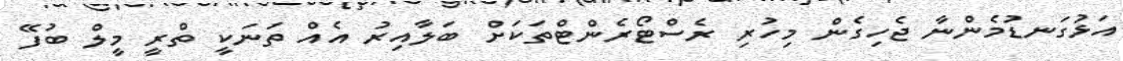
އަޅުގަނޑުމެންނާ ޖެހިގެން މިހުރި ރެސްޓޯރެންޓްތަކަށް ބަލާއިރު އެއް ތަނަކީ ތްރީ މީލް ބުފޭ